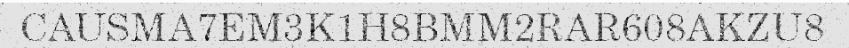
CAUSMA7EM3K1H8BMM2RAR608AKZU8